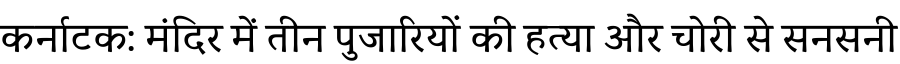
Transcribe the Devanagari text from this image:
कर्नाटक: मंदिर में तीन पुजारियों की हत्या और चोरी से सनसनी